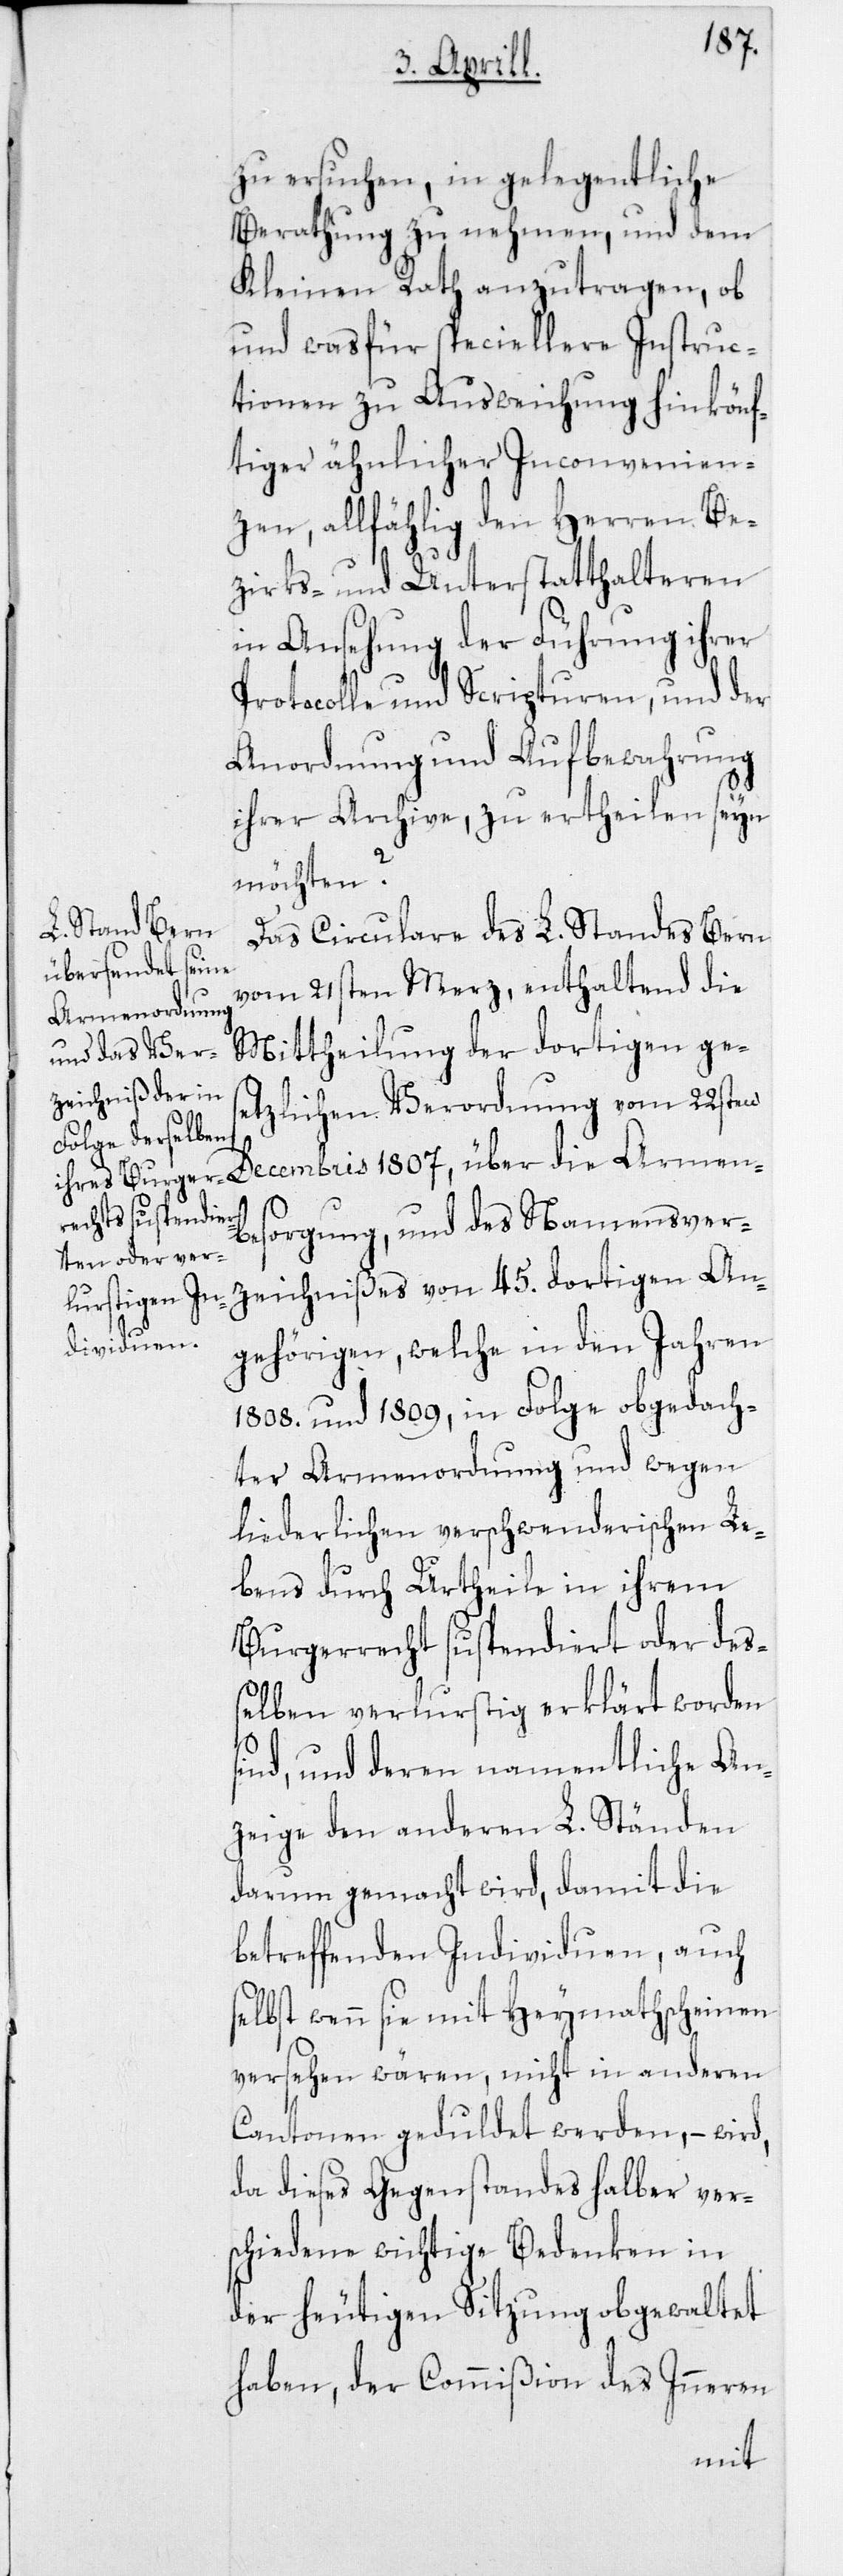
1807,
zu ersuchen, in gelegentliche
Berathung zu nehmen, und dem
Kleinen Rath anzutragen, ob
und was für speciellere Instruc¬
tionen zu Ausweichung hinkönf¬
tiger ähnlicher Inconvenien¬
zen, allfählig den Herren Be¬
zirks- und Unterstatthalteren
in Ansehung der Führung ihrer
Protocolle und Scripturen, und der
Anordnung und Aufbewahrung
ihrer Archive, zu ertheilen seyn
möchten?
Das Circulare des L. Standes Bern
vom 21sten Merz, enthaltend die
Armen¬
Mittheilung der dortigen ges¬
etzlichen Verordnung vom 22sten
besorgung, und des Namensver¬
zeichnißes von 45. dortigen An¬
gehörigen, welche in den Jahren
1808. und 1809, in Folge obgedach¬
ter Armenordnung und wegen
liederlichen verschwenderischen Le¬
bens durch Urtheile in ihrem
Burgerrecht suspendiert oder de¬
ßelben verlurstig erklärt worden
sind, und deren namentliche An¬
zeige den anderen L. Ständen
darum gemacht wird, damit die
betreffenden Individuen, auch
selbst wenn sie mit Heymathscheinen
versehen wären, nicht in anderen
Cantonen geduldet werden, – wird,
da dieses Gegenstandes halber ver¬
schiedene wichtige Bedenken in
der heutigen Sitzung obgewaltet
haben, der Commißion des Inneren